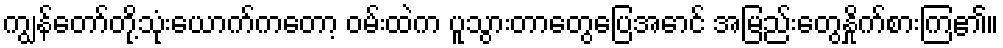
ကျွန်တော်တို့သုံးယောက်ကတော့ ဝမ်းထဲက ပူသွားတာတွေပြေအောင် အမြည်းတွေနှိုက်စားကြ၏။